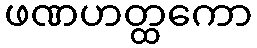
ဖဏဟတ္ထကော